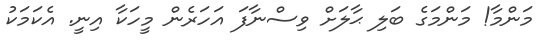
މަންމާ! މަންމަގެ ބަލި ޙާލަށް ވިސްނާފަ އަހަރެން މީހަކާ އިނީ. އެކަމަކު